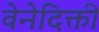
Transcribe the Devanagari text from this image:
वेनेदिक्ती